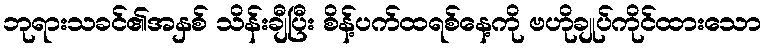
ဘုရားသခင်၏အနှစ် သိန်းချီပြီး စိန့်ပက်ထရစ်နေ့ကို ဗဟိုချုပ်ကိုင်ထားသော